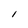
Character: l